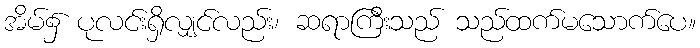
အိမ်၌ ပုလင်းရှိလျှင်လည်း၊ ဆရာကြီးသည် သည်ထက်မသောက်ပေ။